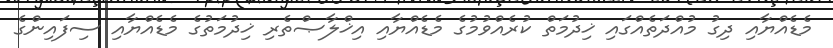
މެޑެއްޔާއި ދިގު މުއްދަތެއްގައި ޚިދުމަތް ކުރެއްވުމުގެ މެޑެއްޔާއި އިޚްލާޞްތެރި ޚިދުމަތުގެ މެޑެއްޔާއި ސިފައިންގެ